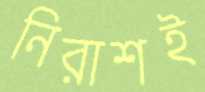
নিরাশই